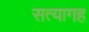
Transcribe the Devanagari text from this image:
सत्यागह